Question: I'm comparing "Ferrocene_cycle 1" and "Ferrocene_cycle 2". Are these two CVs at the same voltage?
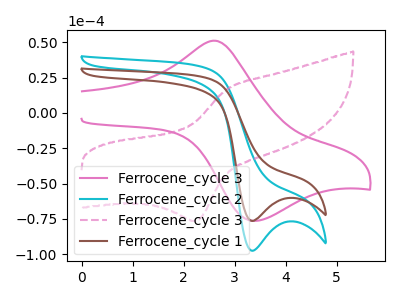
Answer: <think>The pink curve "Ferrocene_cycle 3" has an anodic peak at (2.65V, 51.00uA) and a cathodic peak at (3.35V, -76.30uA). The cyan curve "Ferrocene_cycle 2" has a cathodic peak at: (3.35V, -97.45uA). The pink dashed curve "Ferrocene_cycle 3" has an anodic peak at (2.85V, 16.80uA) and a cathodic peak at (2.25V, -76.40uA). The brown curve "Ferrocene_cycle 1" has a cathodic peak at: (3.35V, -76.40uA).
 All the peaks in "Ferrocene_cycle 1" have a peak in "Ferrocene_cycle 2" at the same potential. Every peak in "Ferrocene_cycle 1" is lower than every peak in "Ferrocene_cycle 2".</think>
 <answer>"Ferrocene_cycle 1" and "Ferrocene_cycle 2" are similar in shape.</answer>
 <eval>same_shape</eval>